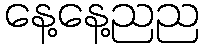
နေ့နေ့ညည